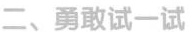
二、勇敢试一试